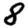
Digit: 8